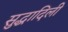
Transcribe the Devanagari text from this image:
सुद्धादिली